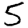
Digit: 5